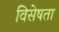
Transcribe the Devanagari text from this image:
विसेषता